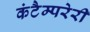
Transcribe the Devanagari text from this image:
कंटैम्परेरी